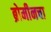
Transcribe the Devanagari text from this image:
ब्रोमीनचा